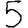
Digit: 5